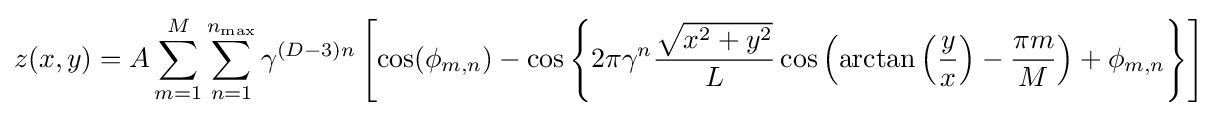
z(x,y)=A\sum _{m=1}^{M}\sum _{n=1}^{n_{\text{max}}}\gamma ^{(D-3)n}\left[\cos(\phi _{m,n})-\cos \left\{2\pi \gamma ^{n}{\frac {\sqrt {x^{2}+y^{2}}}{L}}\cos \left(\arctan \left({\frac {y}{x}}\right)-{\frac {\pi m}{M}}\right)+\phi _{m,n}\right\}\right]